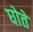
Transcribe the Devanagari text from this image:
घोते